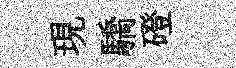
現驕磴